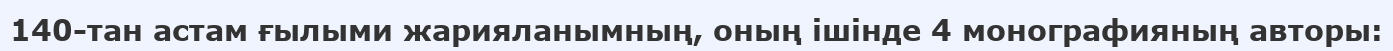
140-тан астам ғылыми жарияланымның, оның ішінде 4 монографияның авторы: